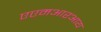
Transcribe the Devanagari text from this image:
एएमआरआय